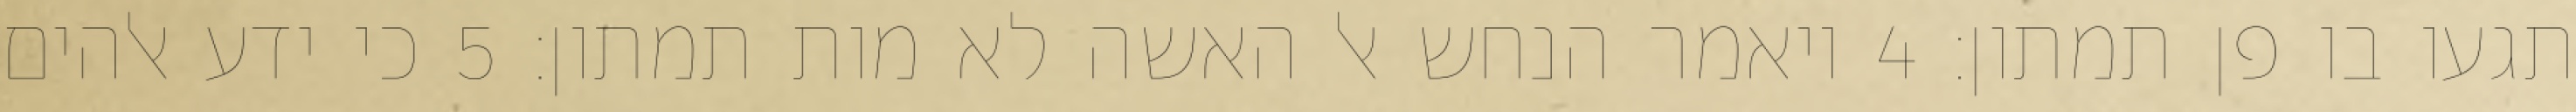
תגעו בו פן תמתון׃ ‎4‏ ויאמר הנחש אל האשה לא מות תמתון׃ ‎5‏ כי ידע אלהים